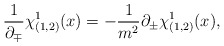
\begin{align*}\frac{1}{\partial_\mp}\chi^1_{(1,2)}(x) = -\frac{1}{m^2} \partial_\pm \chi^1_{(1,2)}(x),\end{align*}